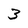
Character: 3